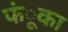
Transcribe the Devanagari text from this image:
फंूका